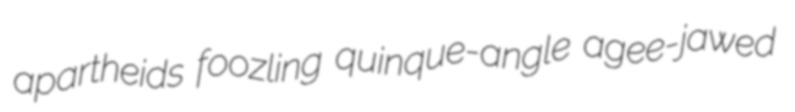
apartheids foozling quinque-angle agee-jawed